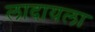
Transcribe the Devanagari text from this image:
लादायला